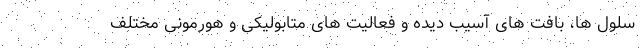
سلول ها، بافت های آسیب دیده و فعالیت های متابولیکی و هورمونی مختلف